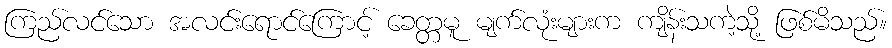
ကြည်လင်သော အလင်းရောင်ကြောင့် ခေတ္တမူ မျက်လုံးများက ကျိန်းသကဲ့သို့ ဖြစ်မိသည်။